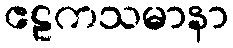
ဧဠကသမာနာ